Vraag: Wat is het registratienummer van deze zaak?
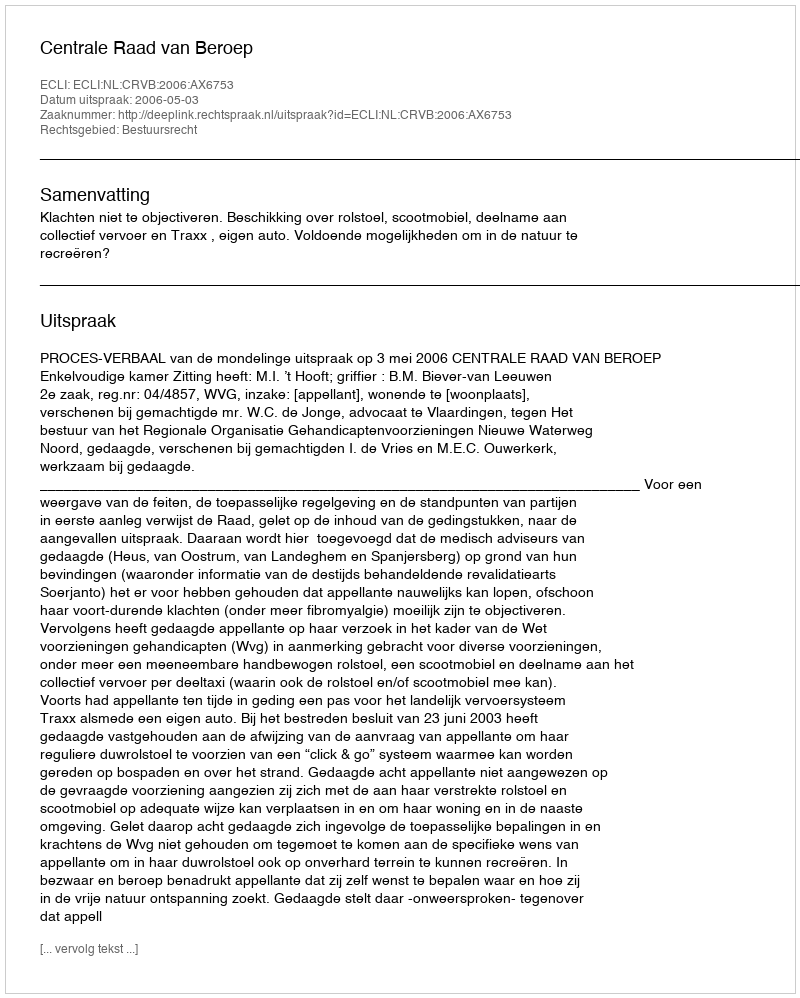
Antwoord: http://deeplink.rechtspraak.nl/uitspraak?id=ECLI:NL:CRVB:2006:AX6753